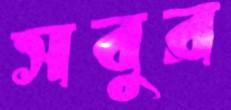
সবুর